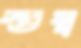
স্তম্ব